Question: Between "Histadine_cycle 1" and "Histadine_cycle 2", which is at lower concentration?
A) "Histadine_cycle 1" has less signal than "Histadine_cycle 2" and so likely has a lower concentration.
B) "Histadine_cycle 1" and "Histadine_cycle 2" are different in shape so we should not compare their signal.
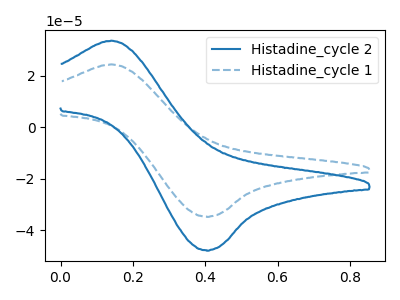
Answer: <think>The blue curve "Histadine_cycle 2" has an anodic peak at (0.15V, 33.70uA) and a cathodic peak at (0.40V, -47.85uA). The blue dashed curve "Histadine_cycle 1" has an anodic peak at (0.15V, 24.50uA) and a cathodic peak at (0.40V, -34.75uA).
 All the peaks in "Histadine_cycle 1" have a peak in "Histadine_cycle 2" at the same potential. Every peak in "Histadine_cycle 1" is lower than every peak in "Histadine_cycle 2".</think>
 <answer>A) "Histadine_cycle 1" has less signal than "Histadine_cycle 2" and so likely has a lower concentration.</answer>
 <eval>A</eval>